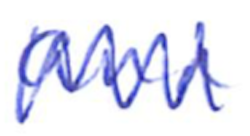
Text: and
Cross-out: zig-zag
Writing tool: ballpoint